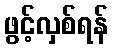
ဖွင့်လှစ်ရန်